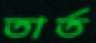
তার্ত